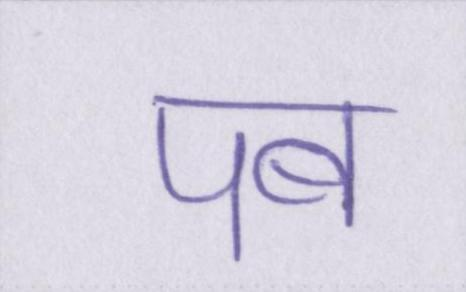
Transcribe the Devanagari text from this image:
पब